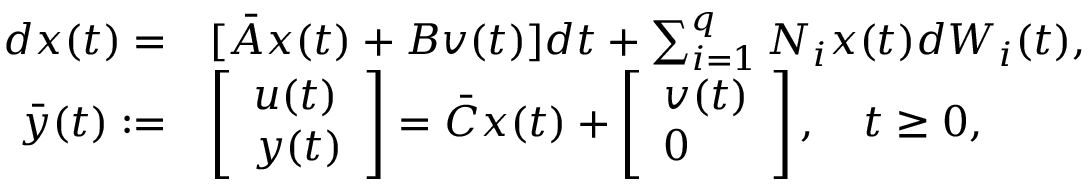
\begin{array} { r l } { d x ( t ) = } & { [ \bar { A } x ( t ) + B v ( t ) ] d t + \sum _ { i = 1 } ^ { q } N _ { i } x ( t ) d W _ { i } ( t ) , } \\ { \bar { y } ( t ) : = } & { \left[ \begin{array} { l } { u ( t ) } \\ { y ( t ) } \end{array} \right] = \bar { C } x ( t ) + \left[ \begin{array} { l } { v ( t ) } \\ { 0 } \end{array} \right] , \quad t \geq 0 , } \end{array}